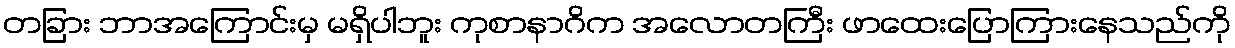
တခြား ဘာအကြောင်းမှ မရှိပါဘူး ကုစာနာဂိက အလောတကြီး ဖာထေးပြောကြားနေသည်ကို